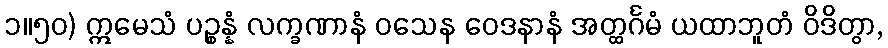
၁။၅၀) ဣမေသံ ပဉ္စန္နံ လက္ခဏာနံ ဝသေန ဝေဒနာနံ အတ္ထင်္ဂမံ ယထာဘူတံ ဝိဒိတွာ,